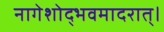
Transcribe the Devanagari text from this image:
नागेशोद्भवमादरात्‌।